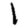
Digit: 1